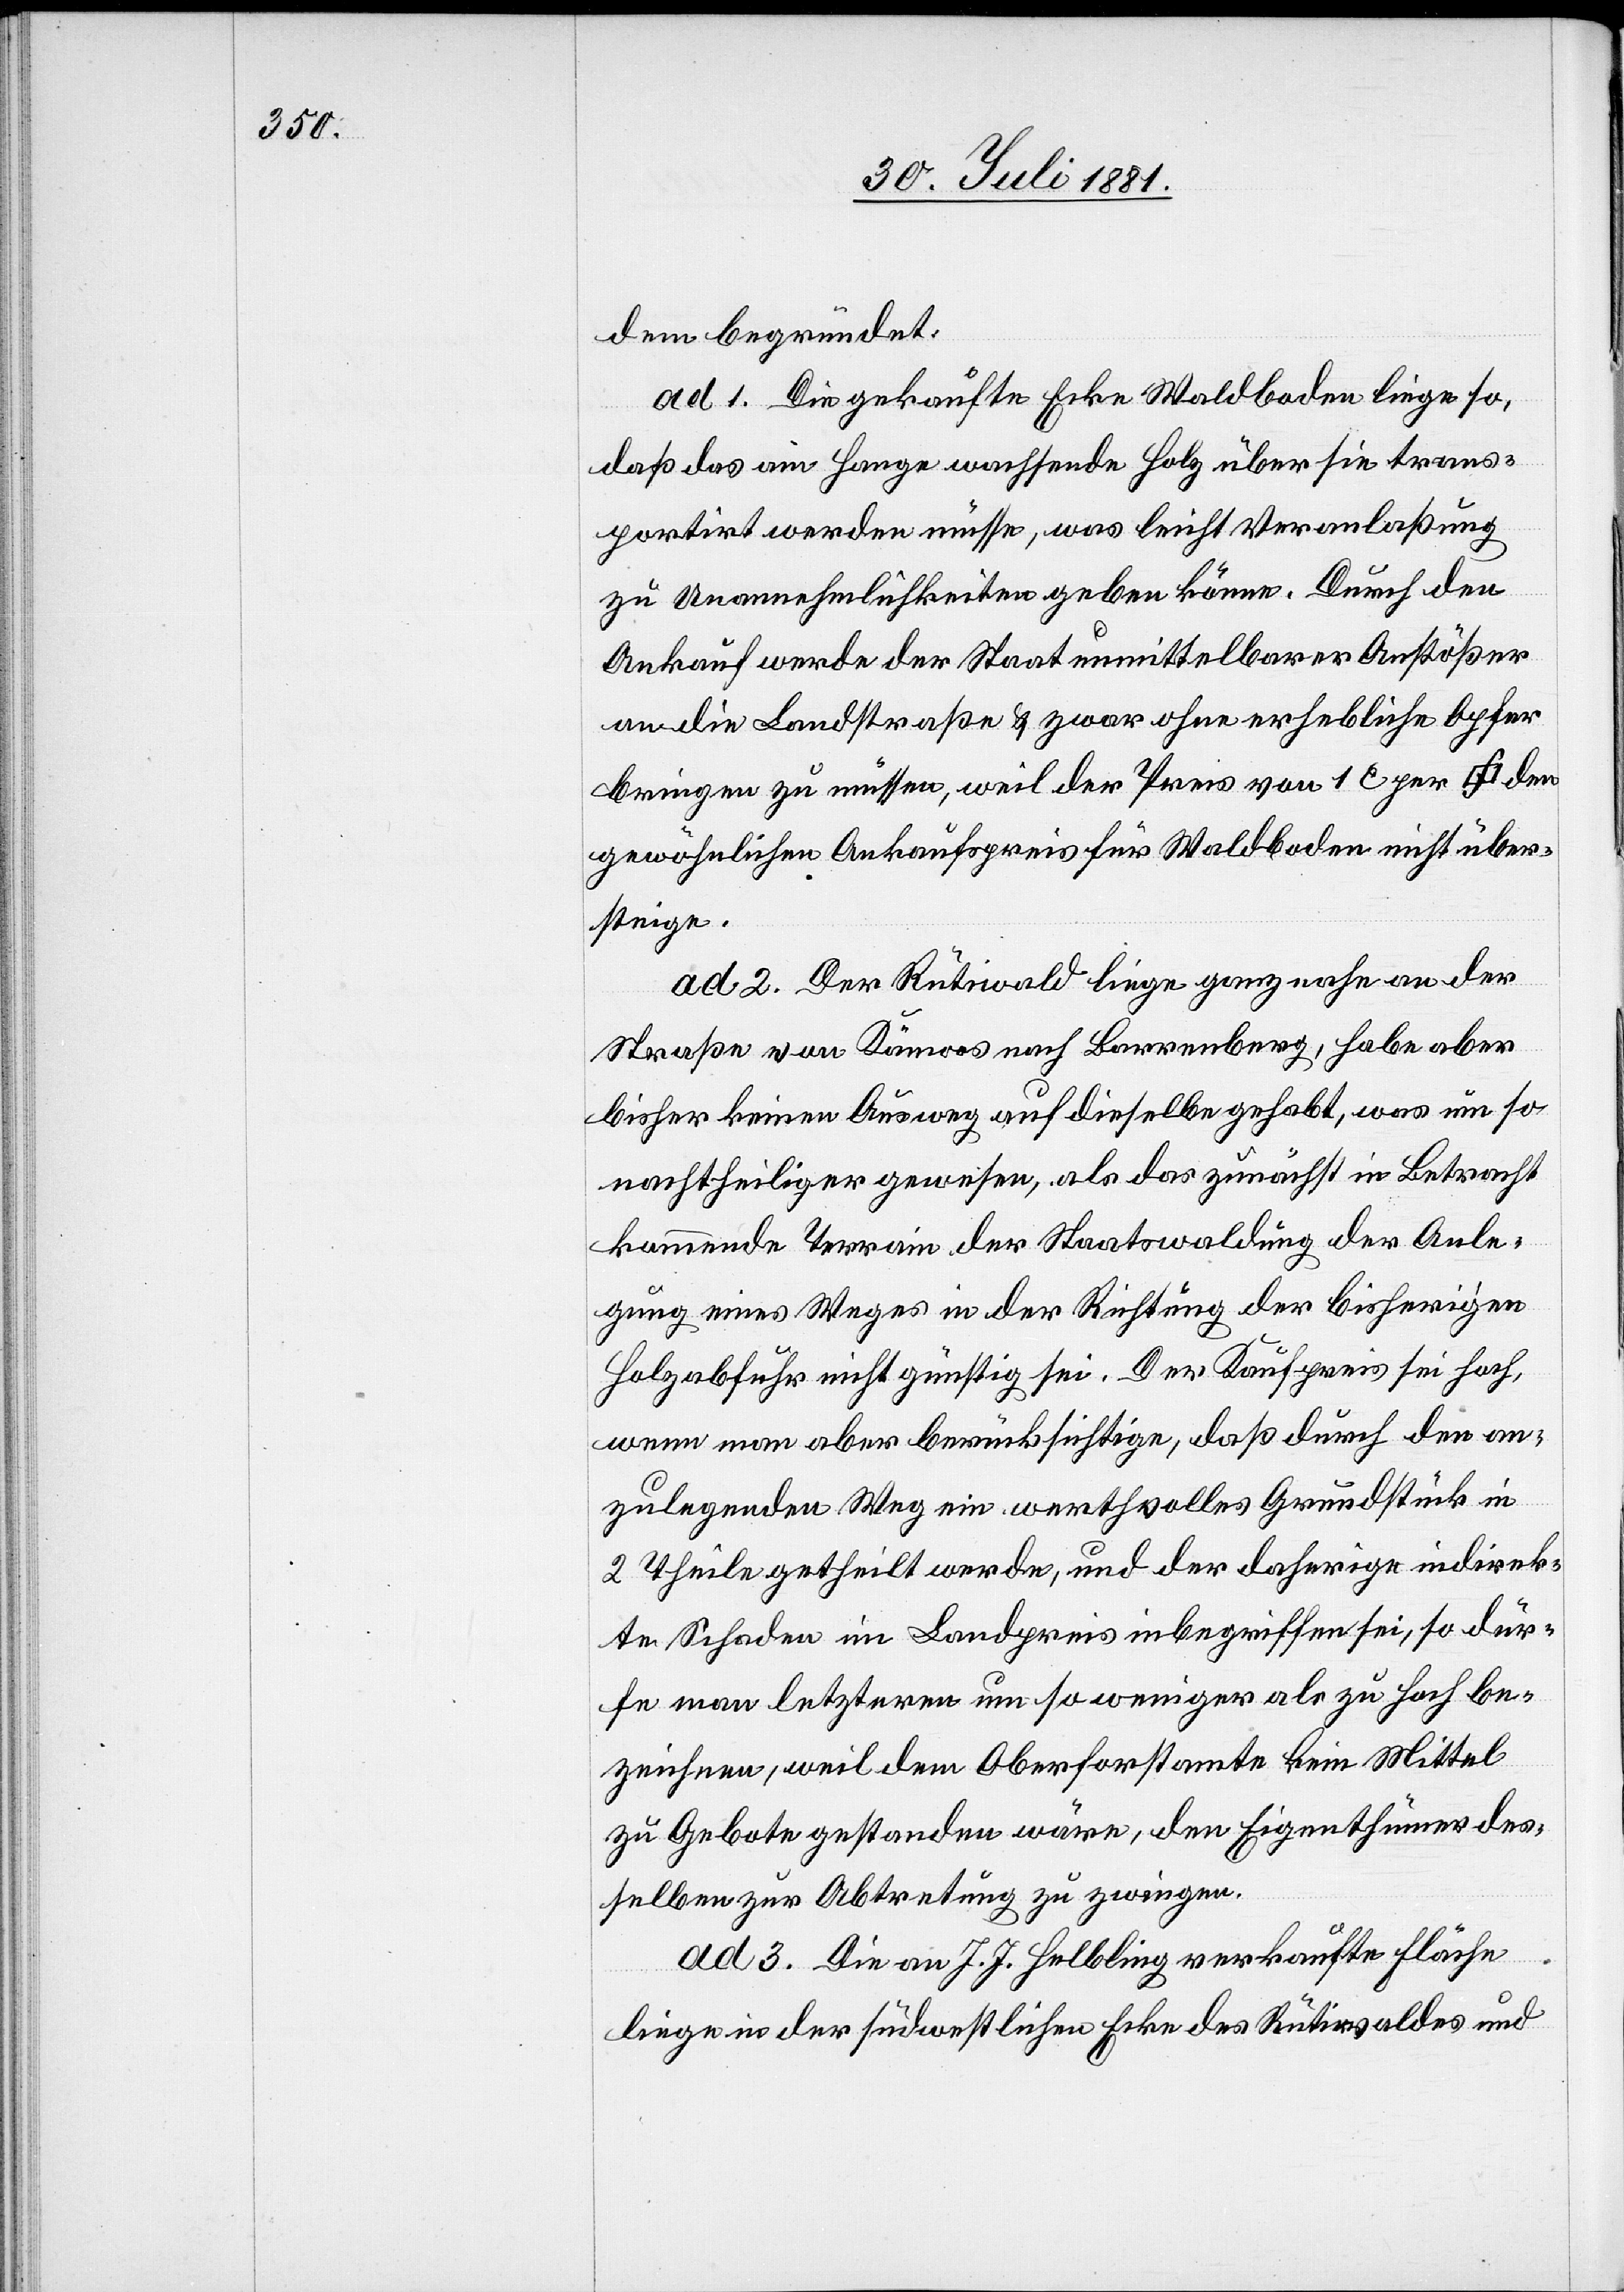
dem begründet.
ad 1. Die gekaufte Ecke Waldboden liege so,
daß das am Hange wachsende Holz über sie trans¬
portirt werden müsse, was leicht Veranlaßung
zu Unannehmlichkeiten geben könne. Durch den
Ankauf werde der Staat unmittelbarer Anstößer
an die Landstraße & zwar ohne erhebliche Opfer
bringen zu müssen, weil der Preis von 1 c per [Quadr¬
gewöhnlichen Ankaufspreis für Waldboden nicht über¬
steige.
ad 2. Der Rütiwald liege ganz nahe an der
Straße von Kämoos nach Barrenberg, habe aber
bisher keinen Ausweg auf dieselbe gehabt, was um so
nachtheiliger gewesen, als das zunächst in Betracht
kommende Terrain der Staatswaldung der Anle¬
gung eines Weges in der Richtung der bisherigen
Holzabfuhr nicht günstig sei. Der Kaufpreis sei hoch,
wenn man aber berücksichtige, daß durch den an¬
zulegenden Weg ein werthvolles Grundstück in
2 Theile getheilt werde, und der daherige indirek¬
te Schaden im Landpreis inbegriffen sei, so dür¬
fe man letzteren um so weniger als zu hoch be¬
zeichnen, weil dem Oberforstamte kein Mittel
zu Gebote gestanden wäre, den Eigenthümer des¬
selben zur Abtretung zu zwingen.
den
ad 3. Die an J. J. Helbling verkaufte Fläche
liege in der südwestlichen Ecke des Rütiwaldes und